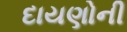
દાયણોની